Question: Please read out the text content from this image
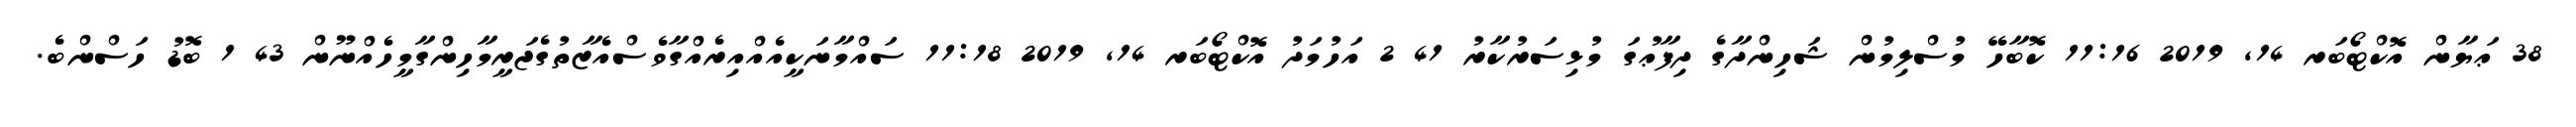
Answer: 38 ޢަޔާން އޮކްޓޯބަރ 14, 2019 11:16 ކޮބާހޭ މުސްލިމުން ޝަހިންދާގެ ދިފާޢުގަ މުޅިސަރުކާރު 41 2 އަހުމަދު އޮކްޓޯބަރ 14, 2019 11:18 ސައްމާނަކީއެއްއިރެއްގާވެސްއެޒާތުގެޖަރީމާހިންގާމީހެއްނޫން 43 1 ބޮޑު ހަސްންބެ.